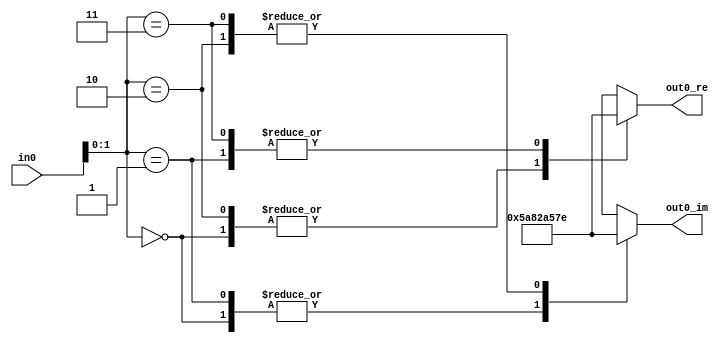
module QPSK_Modulator_Baseband
          (
           in0,
           out0_re,
           out0_im
          );


  input   [7:0] in0;  // uint8
  output  signed [15:0] out0_re;  // sfix16_En15
  output  signed [15:0] out0_im;  // sfix16_En15

  parameter signed [15:0] t1_re_0 = 23170;  // sfix16
  parameter signed [15:0] t1_re_1 = -23170;  // sfix16
  parameter signed [15:0] t1_re_2 = 23170;  // sfix16
  parameter signed [15:0] t1_re_3 = -23170;  // sfix16
  parameter signed [15:0] t1_im_0 = 23170;  // sfix16
  parameter signed [15:0] t1_im_1 = 23170;  // sfix16
  parameter signed [15:0] t1_im_2 = -23170;  // sfix16
  parameter signed [15:0] t1_im_3 = -23170;  // sfix16

  wire [1:0] constellationLUTaddress;  // ufix2
  wire signed [15:0] constellationLUT_t1_re [0:3];  // sfix16_En15 [4]
  wire signed [15:0] constellationLUT_t1_im [0:3];  // sfix16_En15 [4]


  assign constellationLUTaddress = in0[1:0];



  assign constellationLUT_t1_re[0] = t1_re_0;
  assign constellationLUT_t1_re[1] = t1_re_1;
  assign constellationLUT_t1_re[2] = t1_re_2;
  assign constellationLUT_t1_re[3] = t1_re_3;
  assign constellationLUT_t1_im[0] = t1_im_0;
  assign constellationLUT_t1_im[1] = t1_im_1;
  assign constellationLUT_t1_im[2] = t1_im_2;
  assign constellationLUT_t1_im[3] = t1_im_3;
  assign out0_re = constellationLUT_t1_re[constellationLUTaddress];
  assign out0_im = constellationLUT_t1_im[constellationLUTaddress];



endmodule